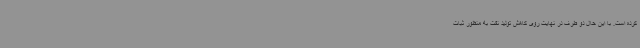
کرده است. با این حال دو طرف در نهایت روی کاهش تولید نفت به منظور ثبات